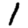
Digit: 1